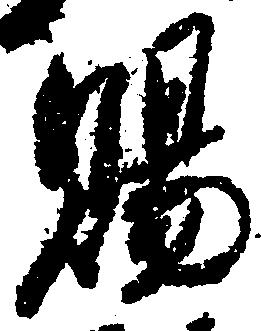
賜